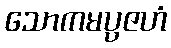
သောကမပ္ပဇဟံ